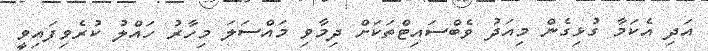
އަދި އެކަމާ ގުޅިގެން މިއަދު ވެބްސައިޓްތަކަށް ދިމާވި މައްސަލަ މިހާރު ހައްލު ކުރެވިފައިވީ